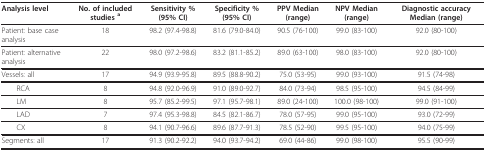
| Analysis level | No. of included studies a | Sensitivity % (95% CI) | Specificity % (95% CI) | PPV Median (range) | NPV Median (range) | Diagnostic accuracy Median (range) |
 | --- | --- | --- | --- | --- | --- | --- |
 | Patient: base case analysis | 18 | 98.2 (97.4-98.8) | 81.6 (79.0-84.0) | 90.5 (76-100) | 99.0 (83-100) | 92.0 (80-100) |
 | Patient: alternative analysis | 22 | 98.0 (97.2-98.6) | 83.2 (81.1-85.2) | 89.0 (63-100) | 98.0 (83-100) | 92.0 (80-100) |
 | Vessels: all | 17 | 94.9 (93.9-95.8) | 89.5 (88.8-90.2) | 75.0 (53-95) | 99.0 (93-100) | 91.5 (74-98) |
 | RCA | 8 | 94.8 (92.0-96.9) | 91.0 (89.0-92.7) | 84.0 (73-94) | 98.5 (95-100) | 94.5 (84-99) |
 | LM | 8 | 95.7 (85.2-99.5) | 97.1 (95.7-98.1) | 89.0 (24-100) | 100.0 (98-100) | 99.0 (91-100) |
 | LAD | 7 | 97.4 (95.3-98.8) | 84.5 (82.1-86.7) | 78.0 (57-95) | 99.0 (95-100) | 93.0 (72-99) |
 | CX | 8 | 94.1 (90.7-96.6) | 89.6 (87.7-91.3) | 78.5 (52-90) | 99.5 (95-100) | 94.0 (75-99) |
 | Segments: all | 17 | 91.3 (90.2-92.2) | 94.0 (93.7-94.2) | 69.0 (44-86) | 99.0 (98-100) | 95.5 (90-99) |